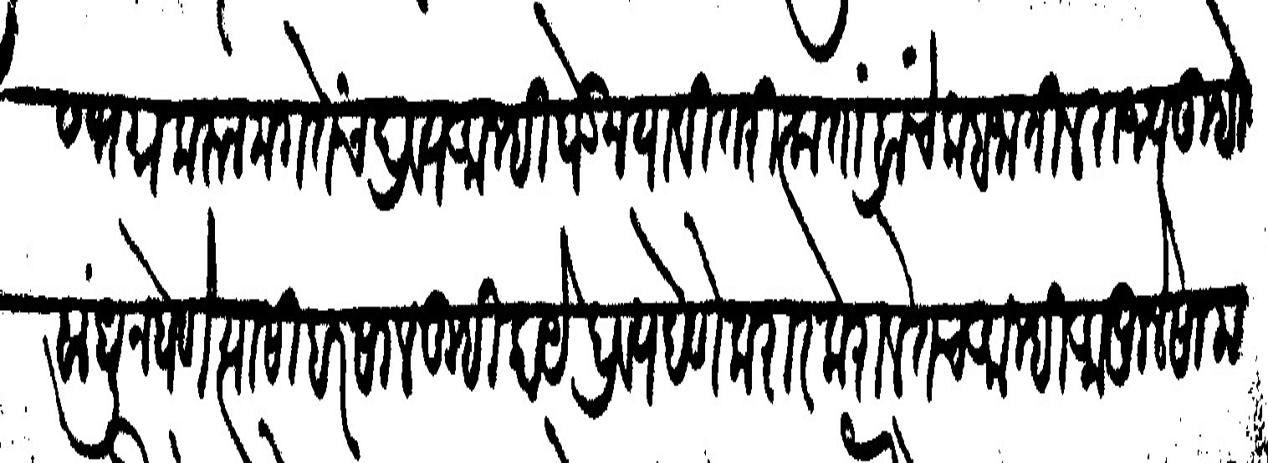
Transliteration (Devanagari): त्यास भग्न करून मग तेंच द्रव्य आम्ही घेऊन यावितरित्क तांब्रांचे कबजातील राज्य तुम्ही बांधून घेणे त्यासी हरसाल तुम्ही काये द्रव्य देणे करार कराल तेच आम्ही आपुले सामराज्य